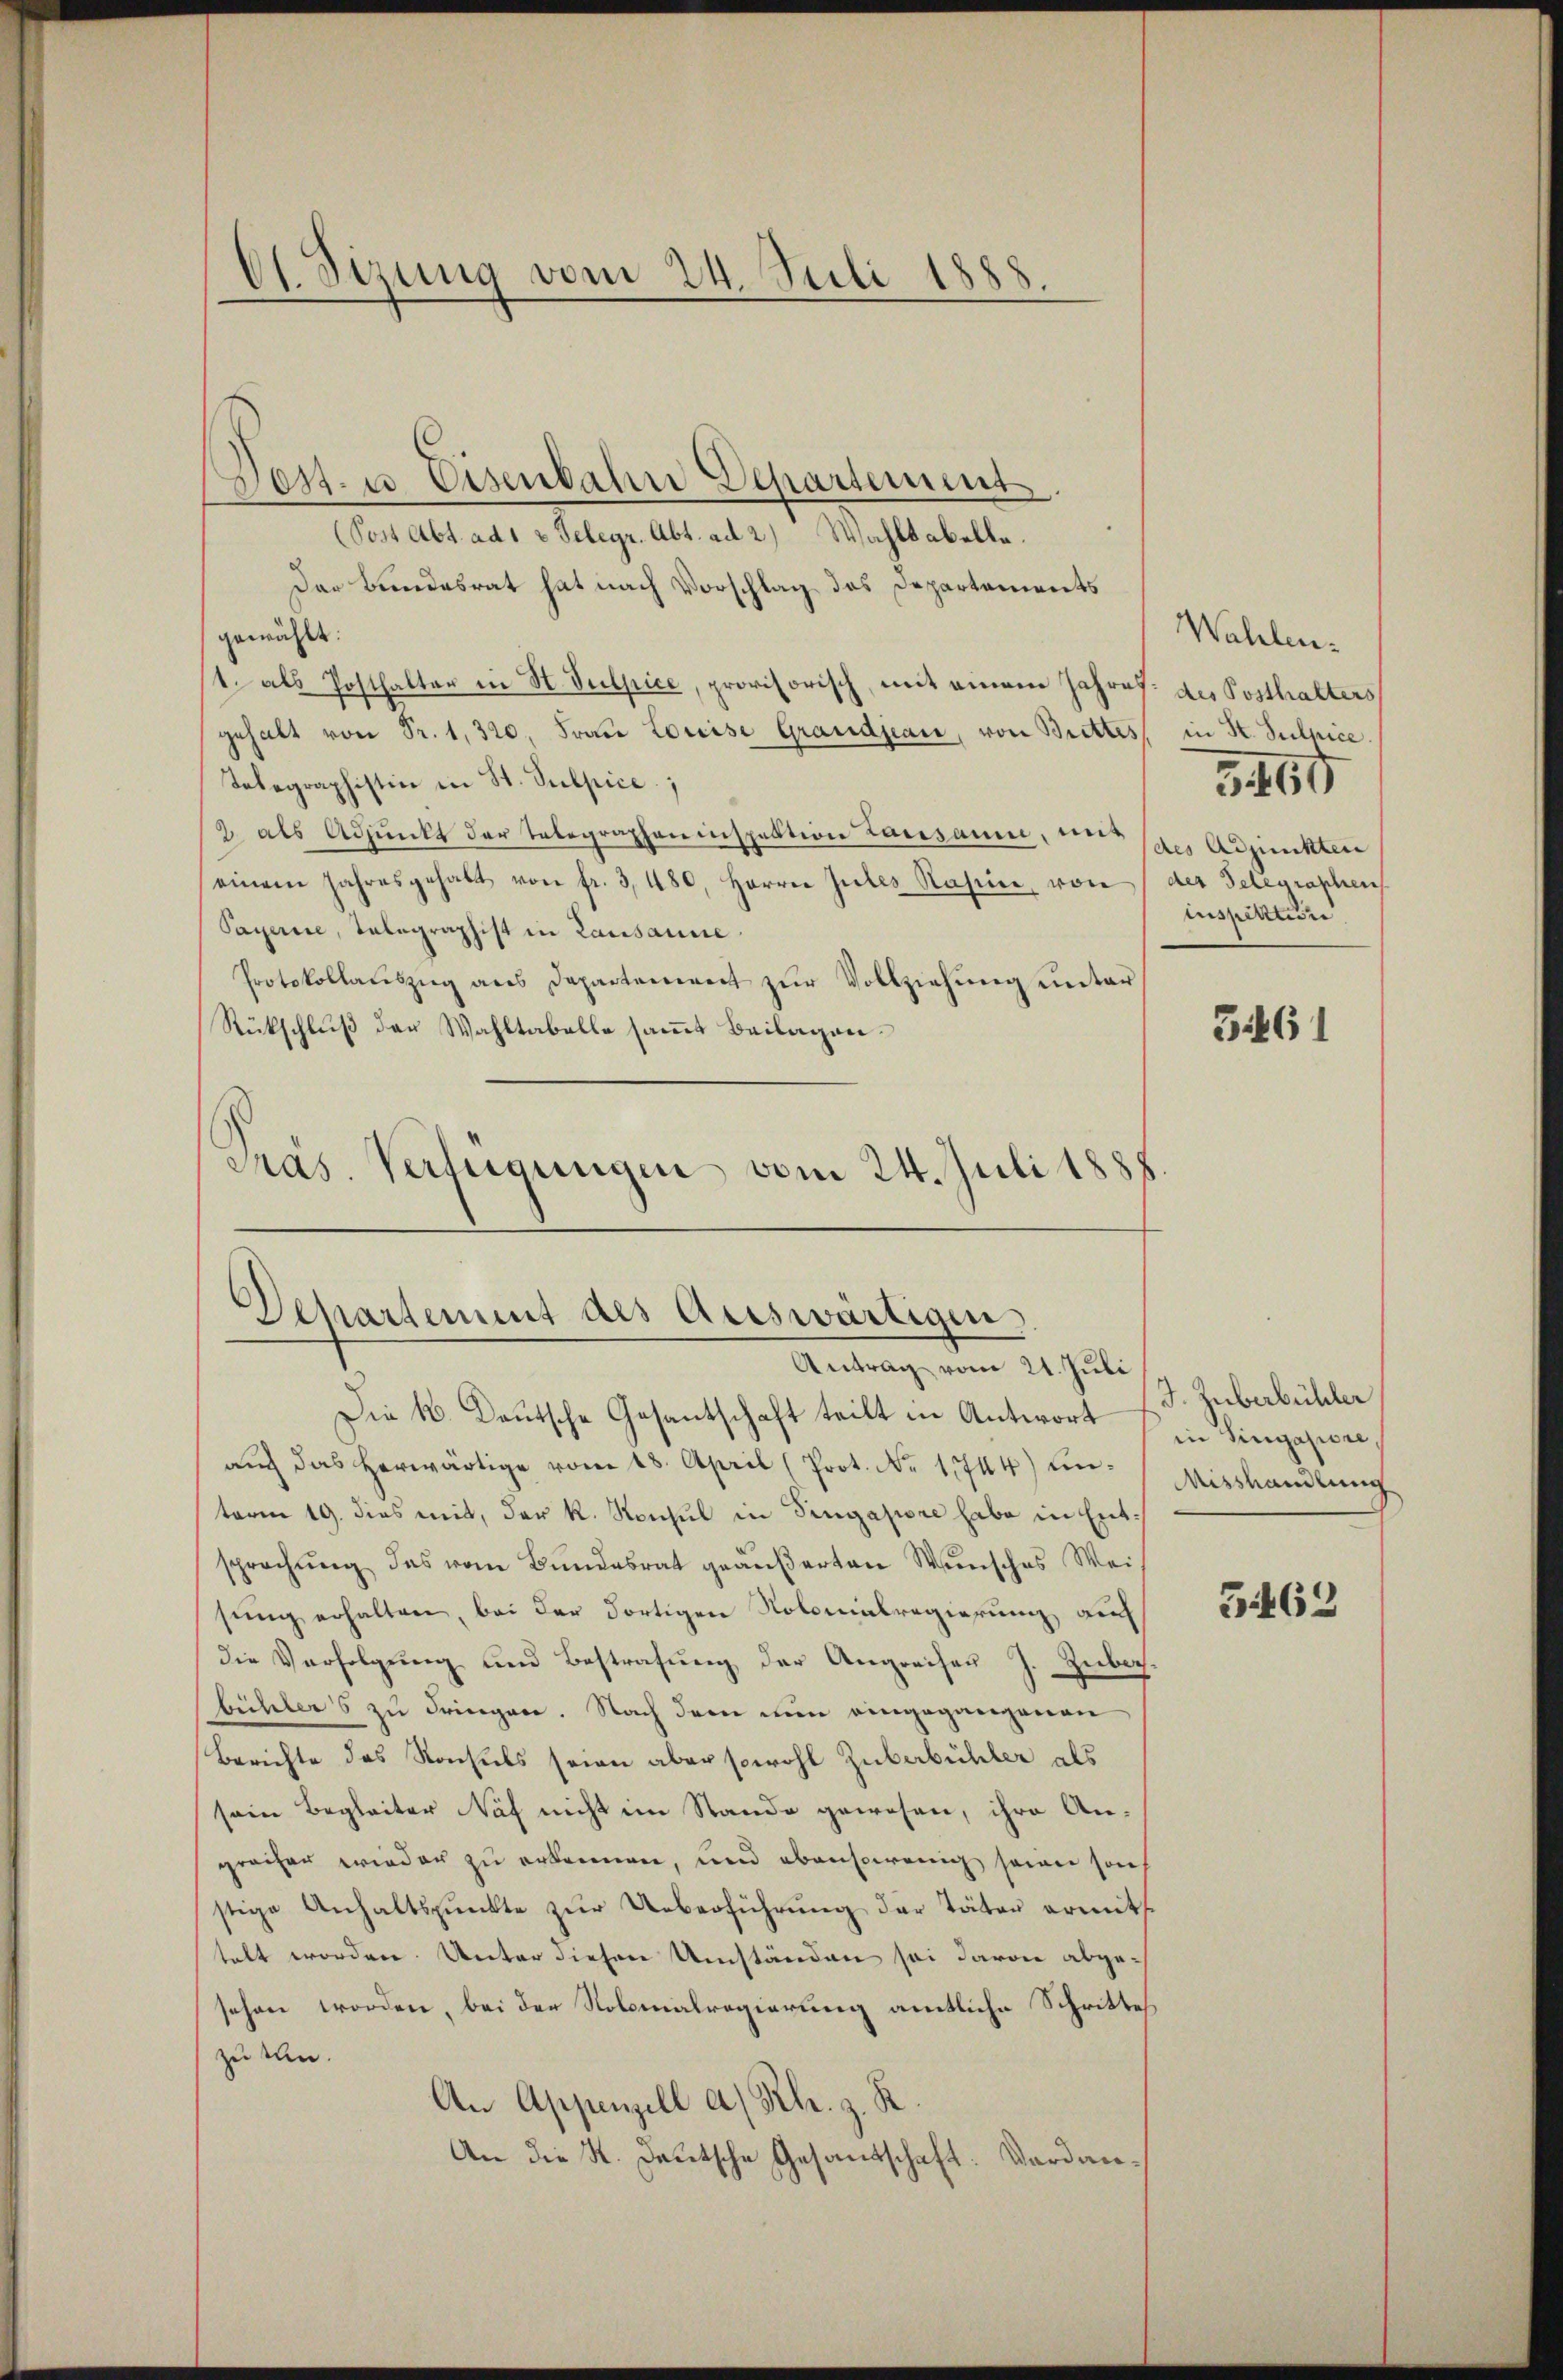
Ct. Sizung vom 24. Juli 1888.

Dest. u. Eisenbahn Departement
(Post Abt. ad 1 v. Telegr. Abt. ad 2) Wahltabella.
Der Brandesrat hat nach Vorschlag das Departements
gewählt:
1 als Posthalter in St. Sulpice, provisorisch, mit einem Jahres des Posthalters
gehalt von Sr. 1, 320. Frau Louise Grandjean, von Brettes, in St. Sulpice.
Telegraphistin in St. Sulpice,
2 als Adjunkt der Telegrapheninspektion Lausanne, eins (des Adjunkten
einem Jahresgehalt von fr. 3, 480, Herren Gutes Rasire, von der Telegraphen
Payerie, Telegraphist in Lausanne
Protokollaŭszŭg ans Departement zŭr Vollziehŭng unter
Rückschluß der Wahltabelle sammt Beilagen¬
Pras Verfügungen vom 24. Juli 1888.

Departement des Auswärtigen,
Antrag vom 21. Juli

Die k. Deutsche Gesantschaft teilt in Antwort d. Zuberbüchler
aŭch das herwärtige vom 18. April (Prot. Nr. 1744) unterm 19. dies mit, der k. Konsul in Singapore habe in Entsprechŭng des vom Bundesrat geäußerten Wunsches Weis
sŭng erhalten, bei der dortigen Nolonialregierung, auch
die Verfolgung und Bestrafung der Angreifen J. Zubach
bühlers zu dringen. Nach dem nun eingegangenen
Berichte das Konsuls seien aber sowohl Zuberbühler als
sein Begleiter Naf nicht im Stande gewesen, ihre An-
greifer wieder zu erkennen, und ebensowenig seiner sons
stige Anhaltspunkte zŭr Ueberführung der Täter ermittelt worden. Unter diesen Umständen sei davon abgesehen worden, bei der Nobmalregierung amtliche Schrittes
zu tun.
An Appenzell a/Rh. z. R.
An die K. Deutsche Gesandschaft: Verdan¬

Wahlen.
3460
tuspilttin

3461

in Singapiere
Aisshandlung

3462